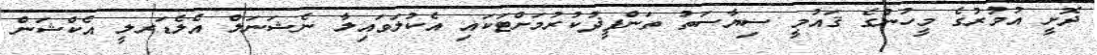
ދޮށީ އުމުރުގެ މީހުންގެ ޤައުމީ ސިޔާސަތު ތަންފީޛުކުރުމަށްޓަކައި އެކުލަވައިލާ ނެޝަނަލް އެލެޑަރލީ އެކްޝަން